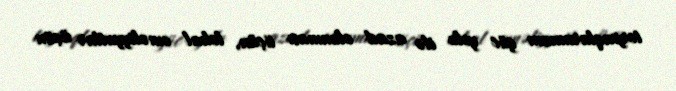
torpaqlarımızın güc yolu ilə azad olunması üçün, lokal əməliyyatlar üçün